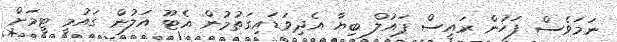
ނަމަވެސް ފަހުން ރައީސް ޕައުލް ބިޔާ އެދިވަޑައިގަތުމުން އެޓޫ އަލުން ގައުމީ ޓީމަށް